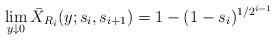
LaTeX: \begin{align*}\lim_{y\downarrow 0}\bar{X}_{R_{i}}(y;s_{i},s_{i+1})=1-(1-s_{i})^{1/2^{i-1}} \end{align*}